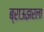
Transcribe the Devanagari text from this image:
ब्राऊझरला